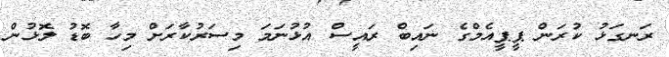
ރަނގަޅު ކުރަން ޕީޕީއެމްގެ ނައިބް ރައީސް އުޅުނަމަ މިސަރުކާރަށް މިހާ ބޮޑު ލޮޅުން